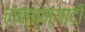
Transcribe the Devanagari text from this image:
लक्ष्म्यादी